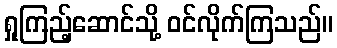
ရှုကြည့်ဆောင်သို့ ဝင်လိုက်ကြသည်။